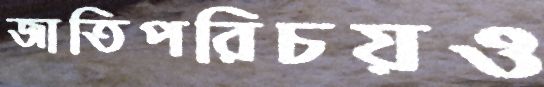
জাতিপরিচয়ও